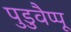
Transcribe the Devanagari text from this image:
पुडुवैप्पू